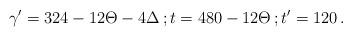
LaTeX: \begin{align*}\gamma^\prime = 324 - 12\Theta - 4\Delta \, ; t=480-12\Theta \, ; t^\prime = 120 \, . \end{align*}